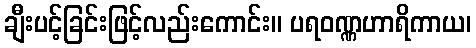
ချီးပင့်ခြင်းဖြင့်လည်းကောင်း။ ပရဝဏ္ဏဟာရိကာယ၊